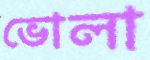
ভোলা